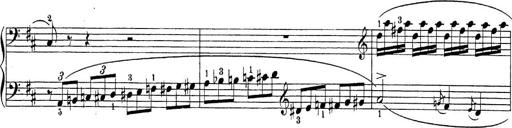
Title: Sonatina Album
Composer: Louis KÃ¶hler